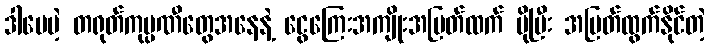
ဒါပေမဲ့ တရုတ်ကုမ္ပဏီတွေအနေနဲ့ ငွေကြေးအကျိုးအမြတ်ထက် ပိုပြီး အမြတ်ထွက်နိုင်တဲ့